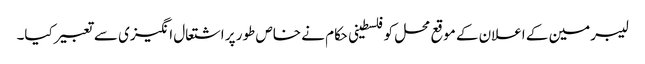
لیبرمین کے اعلان کے موقع محل کوفلسطینی حکام نے خاص طور پر اشتعال انگیزی سے تعبیر کیا۔